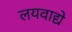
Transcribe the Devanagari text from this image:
लयवाद्ये